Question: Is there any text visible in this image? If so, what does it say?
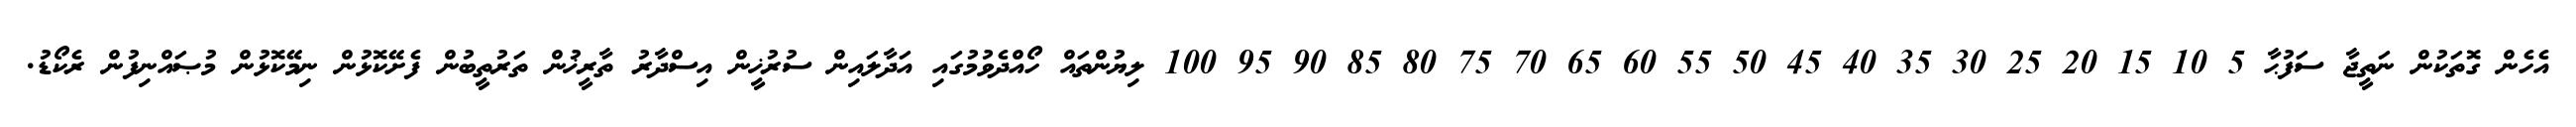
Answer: އެހެން ގޮތަކުން ނަތީޖާ ސަފުޙާ 5 10 15 20 25 30 35 40 45 50 55 60 65 70 75 80 85 90 95 100 ލިޔުންތައް ހޯއްދެވުމުގައި އަދާލައިން ސުރުޚީން އިސްދާރު ތާރީޚުން ތަރުތީބުން ފެށޭކޮޅުން ނިމޭކޮޅުން މުޞައްނިފުން ރެކޯޑު.